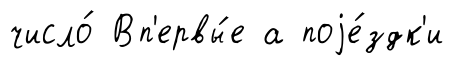
число́ Вп'ервы́е а поjе́здк'и